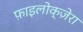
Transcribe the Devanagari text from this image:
फ़ाइलोक्ज़ेरा